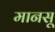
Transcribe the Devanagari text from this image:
मानसू